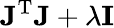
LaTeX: \mathbf{J}^{\mathrm{T}}\mathbf{J}+\lambda\mathbf{I}